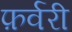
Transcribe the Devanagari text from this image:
फ़र्वरी